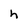
Character: h